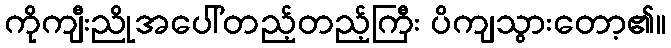
ကိုကျီးညိုအပေါ်တည့်တည့်ကြီး ပိကျသွားတော့၏။